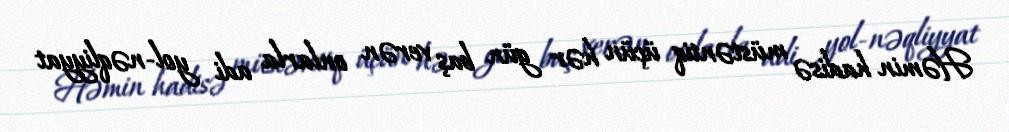
Həmin hadisə müstəntiq üçün hər gün baş verən onlarla adi yol-nəqliyyat